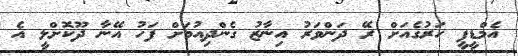
އެމްޑީޕީ ހަރުގެއަށް ރޭ ދަންވަރު އިނާޒު ގެންދިއުމަށް ފަހު އޭނާ ދޫކޮށްލީ އެ